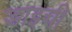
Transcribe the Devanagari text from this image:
डाइची